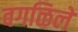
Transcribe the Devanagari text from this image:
वगळिले